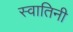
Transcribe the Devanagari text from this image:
स्वातिनी